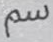
سم